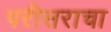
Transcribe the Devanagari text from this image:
परीसराचा